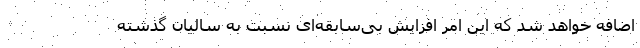
اضافه خواهد شد که این امر افزایش بی‌سابقه‌ای نسبت به سالیان گذشته